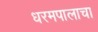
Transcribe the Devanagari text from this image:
धरमपालाचा